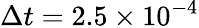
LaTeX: \Delta t=2.5\times 10^{-4}